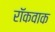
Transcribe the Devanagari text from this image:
रॉकवाक